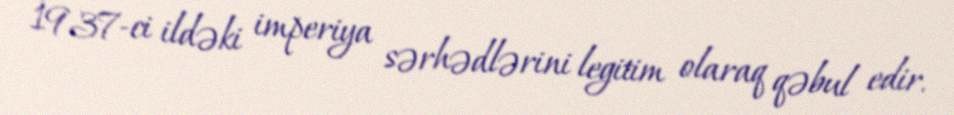
1937-ci ildəki imperiya sərhədlərini legitim olaraq qəbul edir.